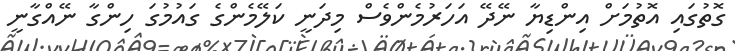
ގޮތުގައި އޮތުމަށް އިންޑިޔާ ނޭދޭ އަހަރުމެންވެސް މިދަނީ ކަލޭމެންގެ ގައުމުގަ ހިންގާ ނޭއްގާނީ